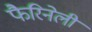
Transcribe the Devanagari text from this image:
फैरिनेली